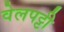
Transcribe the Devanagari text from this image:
वेलपट्टी